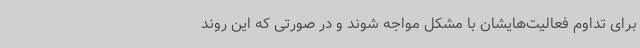
برای تداوم فعالیت‌هایشان با مشکل مواجه شوند و در صورتی که این روند